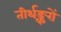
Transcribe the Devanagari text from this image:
तीर्थङ्करों